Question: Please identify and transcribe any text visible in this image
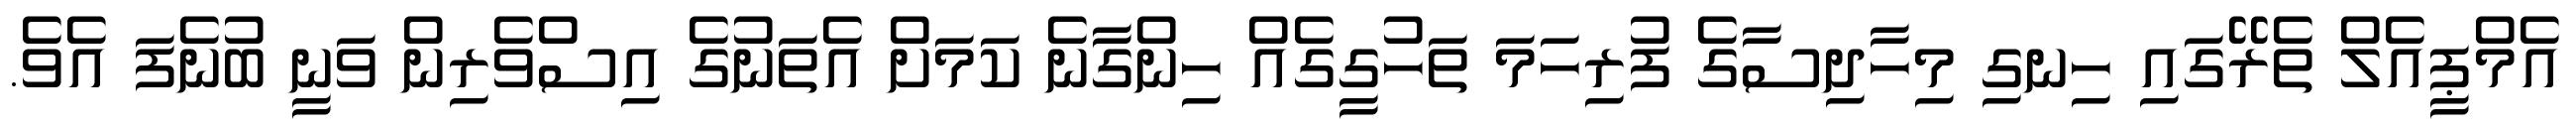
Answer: އެމްޕީއެލް ތެރޭގައި ހިނގި މިހާދިސާގެ ފުރިހަމަ ތަހުގީގެއް ހިންގާނެ ކަމަށް އެތަނުގެ އިސްވެރިން ވަނީ ބުނެފަ އެވެ.